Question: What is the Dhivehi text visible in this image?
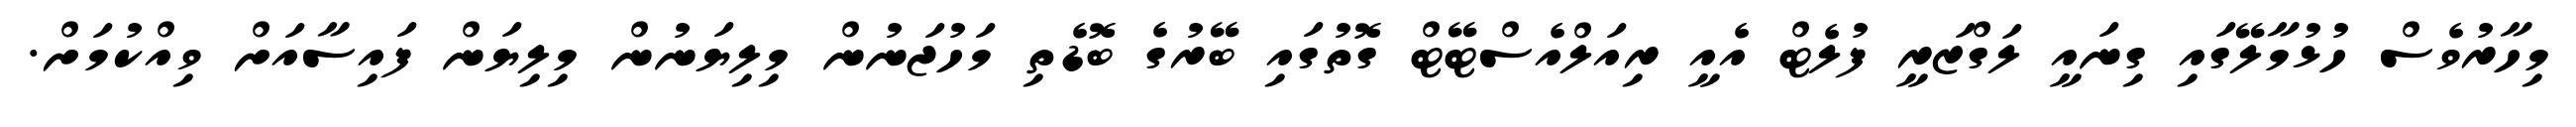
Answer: މިހާރުވެސް ހުޅުމާލޭގައި ގިނައީ ލަގްޒަރީ ފުލެޓް އެއީ ރިއަލްއެސްޓޭޓް ގޮތުގައި ބޭރުގެ ބޮޑެތި މަހުޖަނުން މިލިޔަނުން މިލިޔަން ފައިސާއަށް ވިއްކުމަށް.